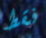
فقط